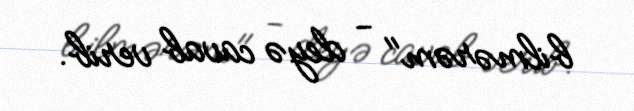
bilmərəm" - deyə cavab verib.